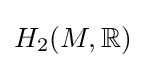
H_{2}(M,\mathbb {R} )